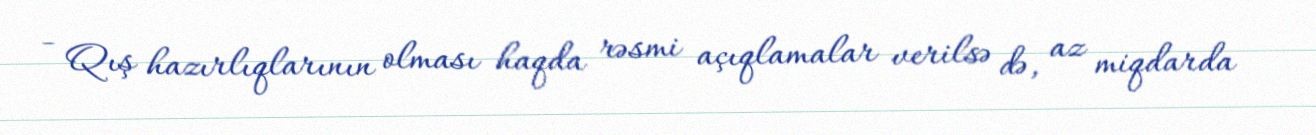
- Qış hazırlıqlarının olması haqda rəsmi açıqlamalar verilsə də, az miqdarda